Some observations on the morphology and mechanism of the parts in the orthorrapha - Number 58
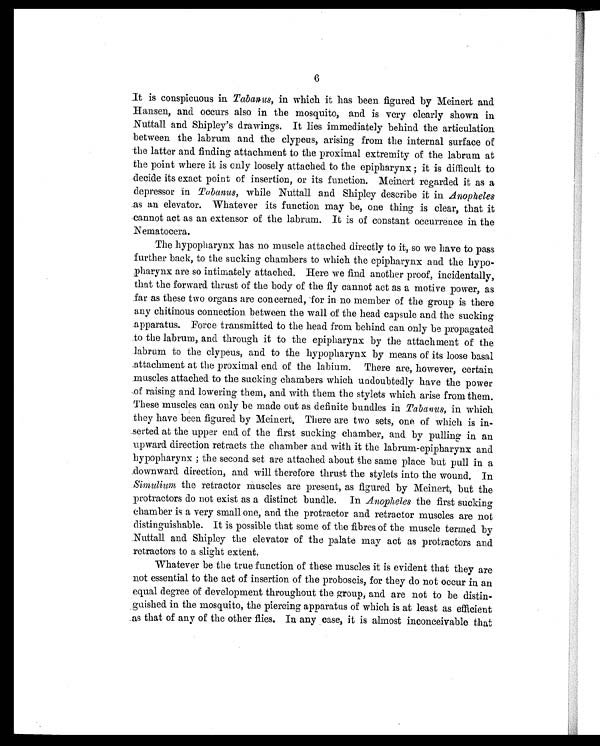
6
It is conspicuous in Tabanus, in which it has been figured by Meinert and
Hansen, and occurs also in the mosquito, and is very clearly shown in
Nuttall and Shipley's drawings. It lies immediately behind the articulation
between the labrum and the clypeus, arising from the internal surface of
the latter and finding attachment to the proximal extremity of the labrum at
the point where it is only loosely attached to the epipharynx ; it is difficult to
decide its exact point of insertion, or its function. Meinert regarded it as a
depressor in Tobanus, while Nuttall and Shipley describe it in Anopheles
as an elevator. Whatever its function may be, one thing is clear, that it
cannot act as an extensor of the labrum. It is of constant occurrence in the
N e m a t o c e r a .
The hypopharynx has no muscle attached directly to it, so we have to pass
further back, to the sucking chambers to which the epipharynx and the hypo-
pharynx are so intimately attached. Here we find another proof, incidentally,
that the forward thrust of the body of the fly cannot act as a motive power, as
far as these two organs are concerned, for in no member of the group is there
any chitinous connection between the wall of the head capsule and the sucking
apparatus. Force transmitted to the head from behind can only be propagated
to the labrum, and through it to the epipharynx by the attachment of the
labrum to the clypeus, and to the hypopharynx by means of its loose basal
attachment at the proximal end of the labium. There are, however, certain
muscles attached to the sucking chambers which undoubtedly have the power
of raising and lowering them, and with them the stylets which arise from them.
These muscles can only be made out as definite bundles in Tabanus, in which
they have been figured by Meinert. There are two sets, one of which is in-
serted at the upper end of the first sucking chamber, and by pulling in an
upward direction retracts the chamber and with it the labrum-epipharynx and
bypopharynx ; the second set are attached about the same place but pull in a
downward direction, and will therefore thrust the stylets into the wound. In
Simulium the retractor muscles are present, as figured by Meinert, but the
protractors do not exist as a distinct bundle. In Anopheles the first sucking
chamber is a very small one, and the protractor and retractor muscles are not
distinguishable. It is possible that some of the fibres of the muscle termed by
Nuttall and Shipley the elevator of the palate may act as protractors and
retractors to a slight extent.
Whatever be the true function of these muscles it is evident that they are
not essential to the act of insertion of the proboscis, for they do not occur in an
equal degree of development throughout the group, and are not to be distin-
guished in the mosquito, the piercing apparatus of which is at least as efficient
as that of any of the other flies. In any case, it is almost inconceivable that